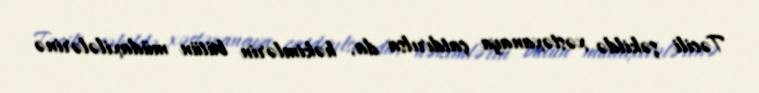
Təcili şəkildə xəstəxanaya çatdırılsa da, həkimlərin bütün müdaxilələrinə